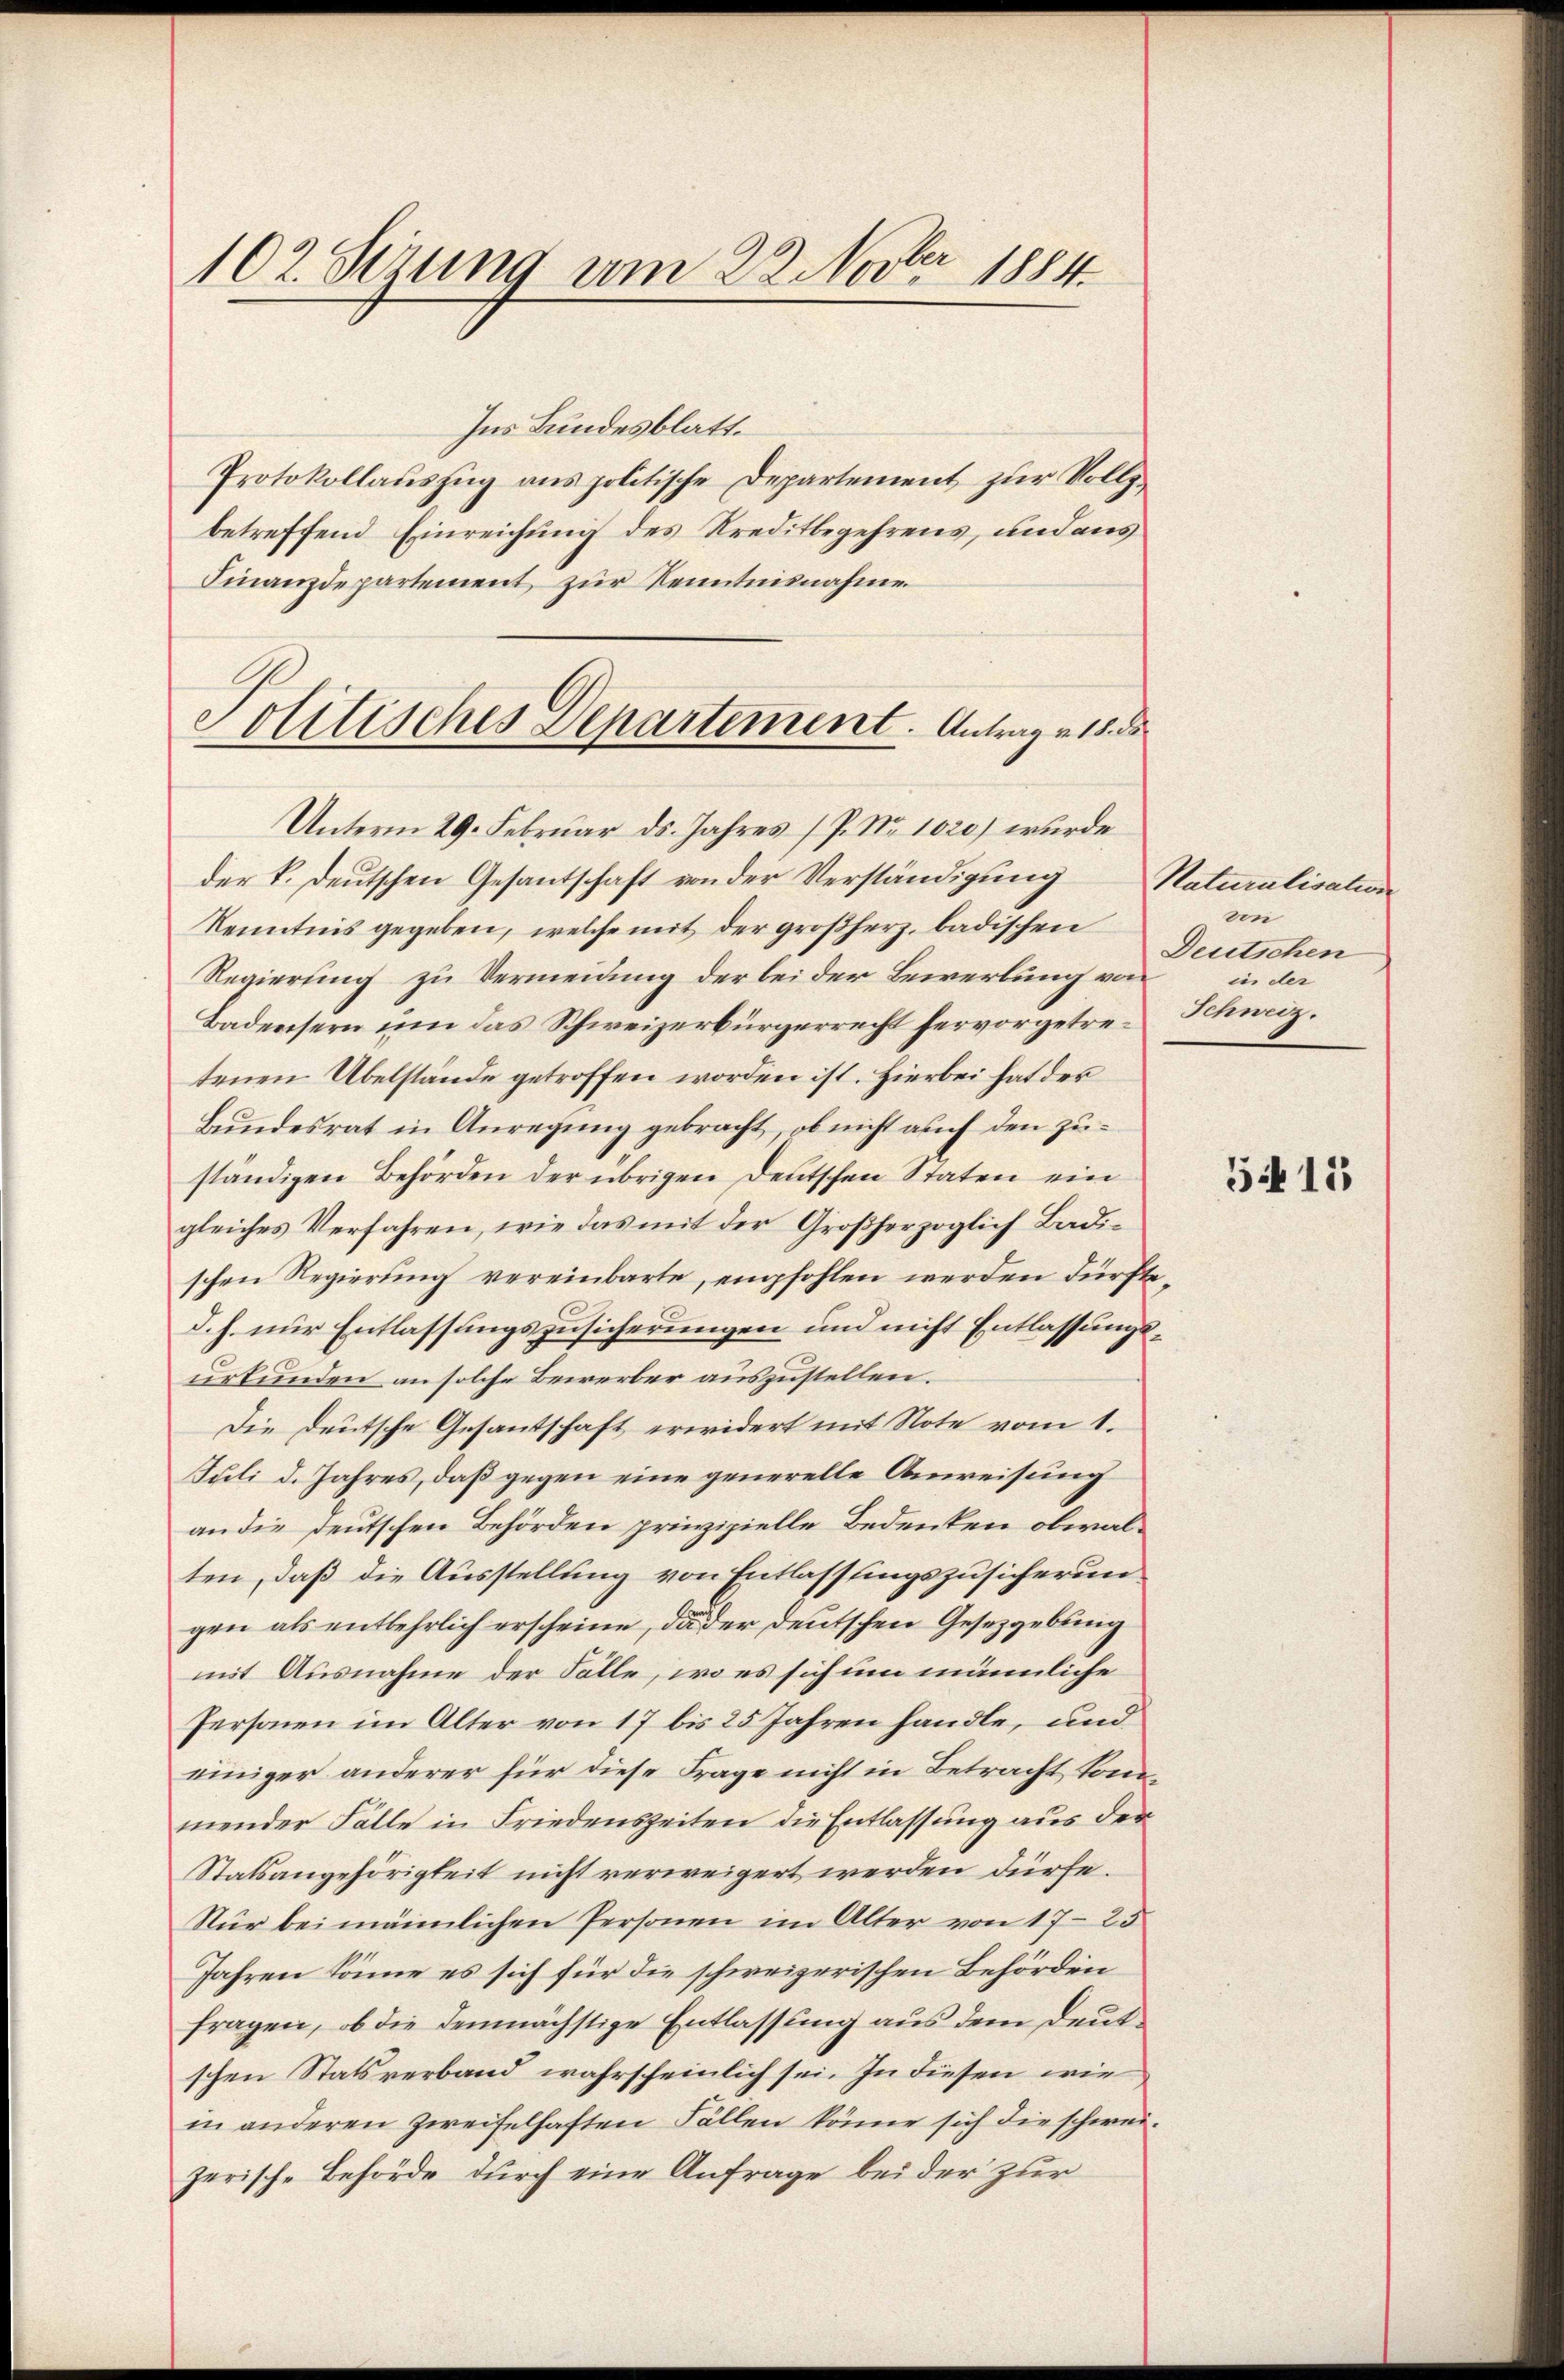
102. Sezung am 22. Novbr 1884.

Politisches Departement. Antrag v. 18. d

Ins Bundesblatt.
Protokollauszug aus politische Departement zur Vollzbetreffend Einreichung des Kreditbegehrens, und aus
Finanzdepartement, zur Kenntnisnahme
Unterm 29. Februar ds. Jahres P. Nr. 1020) wurde
der k. Deutschen Gesandtschaft von der Verständigung
Kenntnis gegeben, welche mit der großherz, badischen
Regierung zu Vermeidung der bei der Bewerbung von
Badensern um das Schweizerbürgerrecht hervorgetretenen Übelstände getroffen worden ist. Hierbei hat der
Bundesrat in Anregung gebracht, ob nicht auf den zuständigen Behörden der übrigen Deutschen Staten ein
gleiches Verfahren, wie das mit der Großherzoglich Badischen Regierung vereinbarte, empfohlen werden dürfte,
d. h. nur Entlassungszusicherungen und nicht Entlassungsurkunden an solche Bewerber auszustellen.
Die Deutsche Gesantschaft erwidert mit Note vom 1.
Juli d. Jahres, daß gegen eine generelle Anweisung
an die deutschen Behörden prinzipielle Bedenken obwalten, daß die Ausstellung von Entlassungszusicherungen als entbehrlich erscheine, da der deutschen Gesetzgebung
mit Ausnahme der Fälle, wo es sich um männliche
Personen im Alter von 17 bis 25 Jahren handle, und
einiger anderer für diese Frage nicht in Betracht kommender Fälle in Friedenszeiten die Entlassung aus der
Statsangehörigkeit nicht verweigert werden dürfe.
Nür bei männlichen Personen im Alter von 1723
Jahren könne es sich für die schweizerischen Behörden
fragen, ob die demnächstige Entlassung aus dem Deutschen Statsverband wahrscheinlich sei. In diesen wie
in anderen zweifelhaften Fällen könne sich die schweizerische Behörde durch eine Anfrage beider zur

Naturalisation
von
Deutschen
in der
Schweiz.

5415